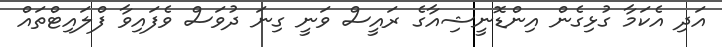
އަދި އެކަމާ ގުޅިގެން އިންޑޮނީޝިއާގެ ރައީސް ވަނީ ގިނަ ދުވަސް ވެފައިވާ ފްލައިޓްތައް